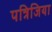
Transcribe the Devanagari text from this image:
पत्रिजिया